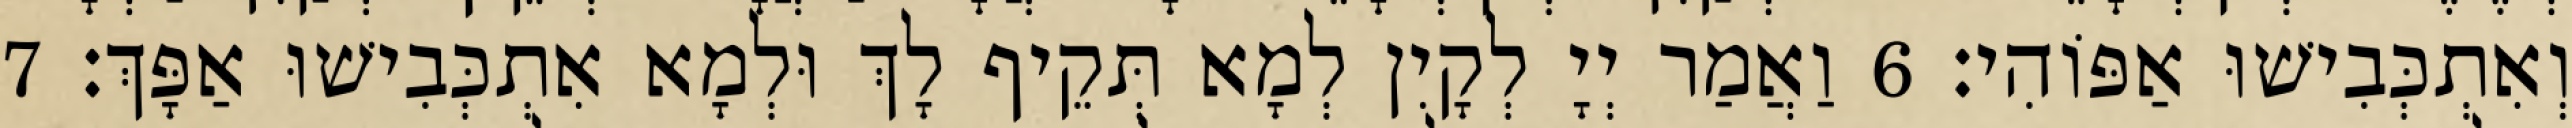
וְאִתְכְּבִישׁוּ אַפּוֹהִי׃ 6 וַאֲמַר יְיָ לְקָיִן לְמָא תְּקֵיף לָךְ וּלְמָא אִתְכְּבִישׁוּ אַפָּךְ׃ 7